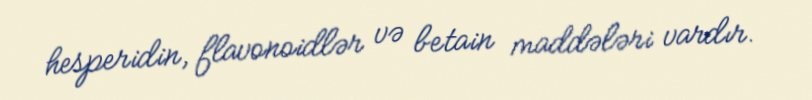
hesperidin, flavonoidlər və betain maddələri vardır.